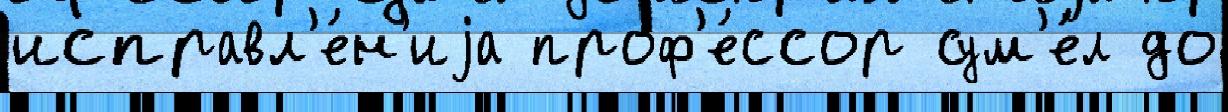
исправл'е́н'иjа проф'е́ссор сум'е́л до